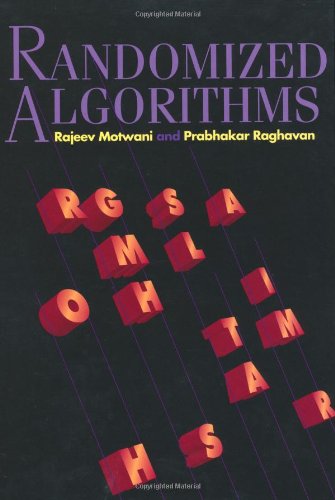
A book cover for Randomized Algorithms; Rajeev Motwani; Computers & Technology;